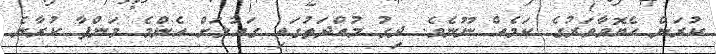
ކުރަން ހެޔޮވާވަރުގެ ކަމެއް ނޫނެވެ. ދިގު މުއްދަތުގައި ގައުމަށް އެންމެ މަންފާ ކުރާނެ